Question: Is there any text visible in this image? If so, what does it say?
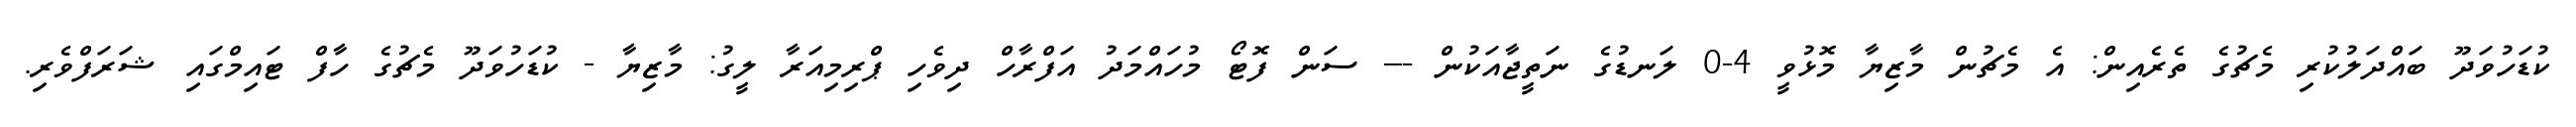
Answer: ކުޑަހުވަދޫ ބައްދަލުކުރި މެޗުގެ ތެރެއިން: އެ މެޗުން މާޒިޔާ މޮޅުވީ 4-0 ލަނޑުގެ ނަތީޖާއަކުން --- ސަން ފޮޓޯ މުހައްމަދު އަފްރާހް ދިވެހި ޕްރިމިއަރާ ލީގު: މާޒިޔާ - ކުޑަހުވަދޫ މެޗުގެ ހާފް ޓައިމްގައި ޝަރަފްވެރި.